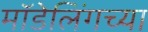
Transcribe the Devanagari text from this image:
मॉडेलिंगच्या